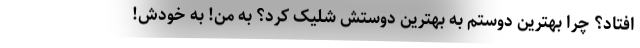
افتاد؟ چرا بهترین دوستم به بهترین دوستش شلیک کرد؟ به من! به خودش!